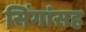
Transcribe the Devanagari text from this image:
सिंगांसह